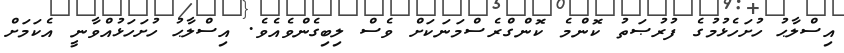
އިސްލާޙު ހުށަހެޅުމުގެ ފުރުޞަތު ކޮންމެ ކޮންގްރެސްމަނަކަށް ވެސް ލިބިގެންވެއެވެ. އިސްލާޙު ހުށަހަޅުއްވާނީ އެކަމަށް